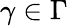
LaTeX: \gamma\in\Gamma